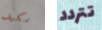
مكيف تتردد